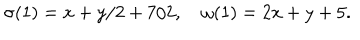
LaTeX: \sigma ( 1 ) = x + y / 2 + 7 / 2 , \quad \omega ( 1 ) = 2 x + y + 5 .